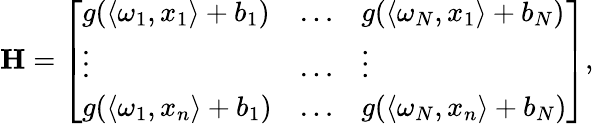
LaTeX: \begin{array}{r}{\mathbf{H}=\left[\begin{array}{lll}{g(\langle\omega_{1},x_{1}\rangle+b_{1})}&{\dots}&{g(\langle\omega_{N},x_{1}\rangle+b_{N})}\\ {\vdots}&{\dots}&{\vdots}\\ {g(\langle\omega_{1},x_{n}\rangle+b_{1})}&{\dots}&{g(\langle\omega_{N},x_{n}\rangle+b_{N})}\end{array}\right],}\end{array}